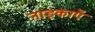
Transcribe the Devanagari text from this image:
नाइकाएँ